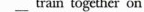
__train together on